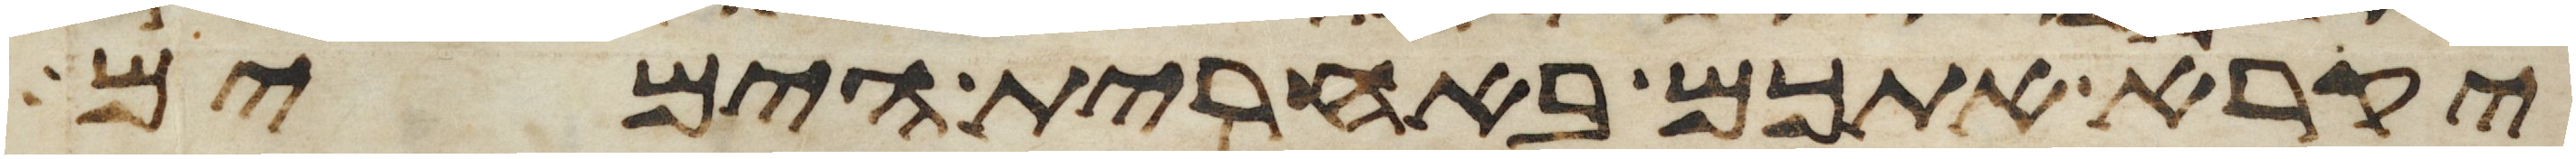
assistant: יקרא אתכם באחרית הימים